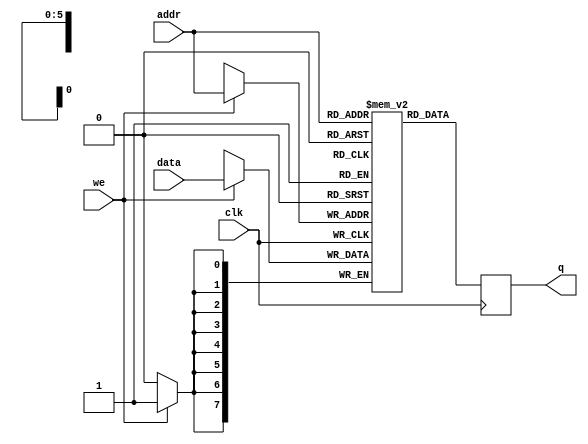
// Quartus II Verilog Template
// Single port RAM with single read/write address 

module infer_single_port_ram_MLAB 
#(parameter DATA_WIDTH=8, parameter ADDR_WIDTH=6)
(
	input [(DATA_WIDTH-1):0] data,
	input [(ADDR_WIDTH-1):0] addr,
	input we, clk,
	output reg [(DATA_WIDTH-1):0] q
);


	// Declare the RAM variable
	//(* ramstyle = "MLAB" *) reg [DATA_WIDTH-1:0] ram[2**ADDR_WIDTH-1:0];
	reg [(DATA_WIDTH-1):0] ram[0:(2**ADDR_WIDTH-1)];

	// Variable to hold the registered read address
	reg [ADDR_WIDTH-1:0] addr_reg;

	always @ (posedge clk)
	begin
		// Write
		if (we)
			ram[addr] <= data;

		q <= ram[addr];
	end

endmodule